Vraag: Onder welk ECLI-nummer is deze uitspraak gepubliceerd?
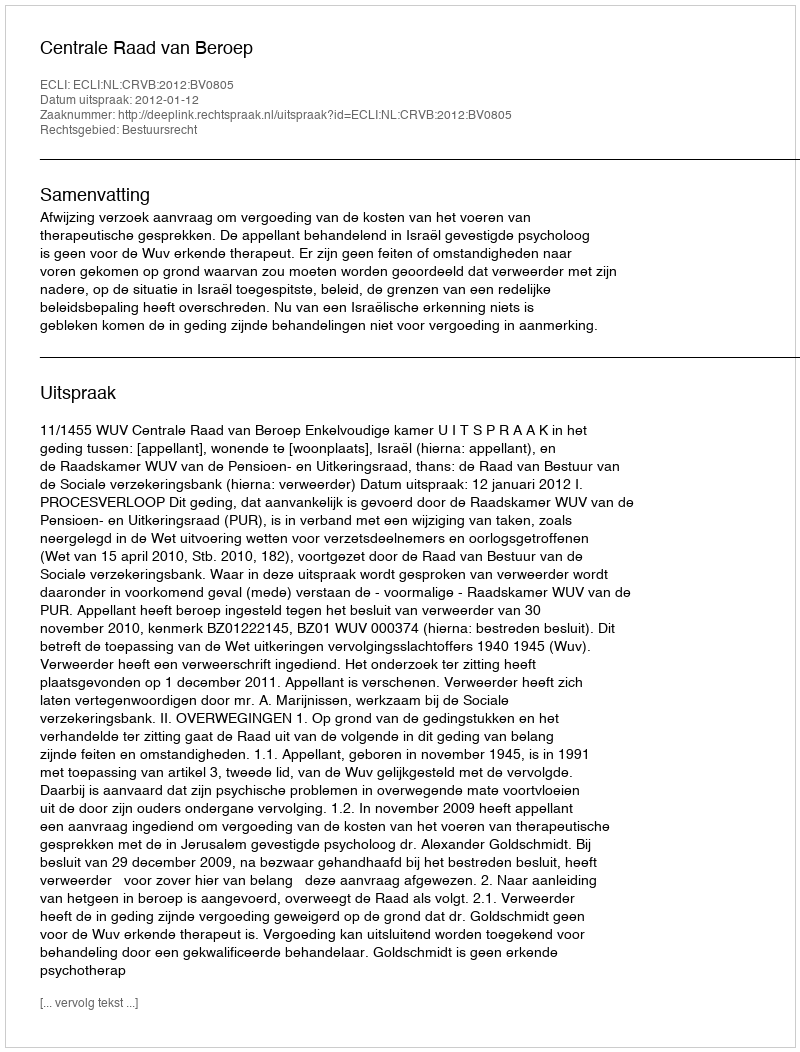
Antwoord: ECLI:NL:CRVB:2012:BV0805